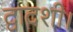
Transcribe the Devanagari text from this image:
द्वादशी।